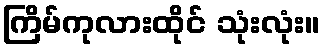
ကြိမ်ကုလားထိုင် သုံးလုံး။